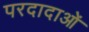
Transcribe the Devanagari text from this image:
परदादाओं